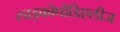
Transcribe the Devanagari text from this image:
लाइकोपोडिएलीज